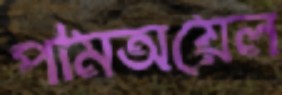
পামঅয়েল